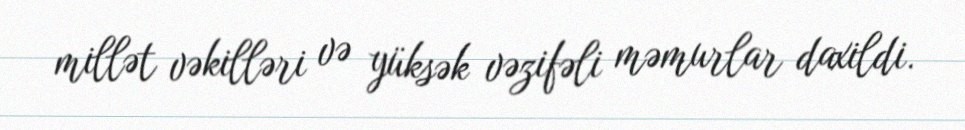
millət vəkilləri və yüksək vəzifəli məmurlar daxildi.